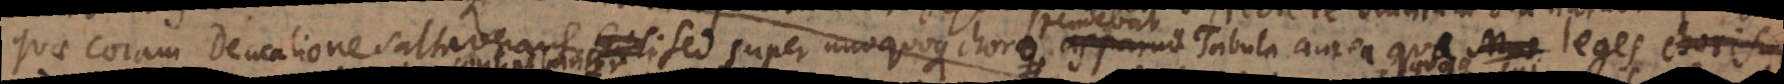
quae coram Deucalione saltaverant. Sed super unoquoque choro apparuit Tabula aurea qua leges